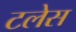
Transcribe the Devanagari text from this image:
टलेस